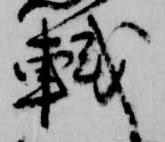
軾